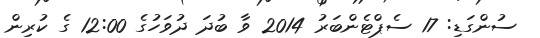
ސުންގަޑި: 17 ސެޕްޓެންބަރު 2014 ވާ ބުދަ ދުވަހުގެ 12:00 ގެ ކުރިން